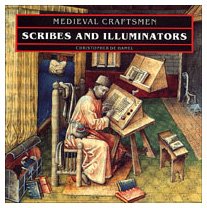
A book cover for Scribes and Illuminators (Medieval Craftsmen Series); Christopher de Hamel; Arts & Photography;